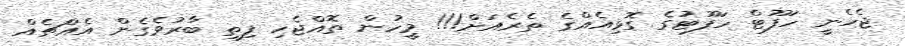
ޖެހެނީ ހަފޫޓް ހަފޫޓުގެ ގޮޅިއެއްގެ ތެރެއަށް!!! މީހުން ތޮއްޖެހި ފިތި ބާރުވެގެން އެއްޗެއް